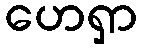
ဟေရှာ